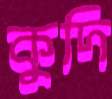
কুদি